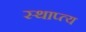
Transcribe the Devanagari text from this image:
स्थाप्त्य